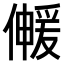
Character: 𫣰